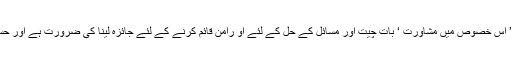
روحانی لیڈر نے کہاکہ اسی طرح ہم اس کو نہیں چھوڑ سکتے ’’ اس خصوص میں مشاورت ‘ بات چیت اور مسائل کے حل کے لئے او رامن قائم کرنے کے لئے جائزہ لینا کی ضرورت ہے اور حسب ضرورت مشترکہ پلیٹ فارم کی تشکیل بھی ضروری ہوگی۔